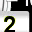
Digit: 2